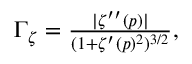
\begin{array} { r } { \Gamma _ { \zeta } = \frac { \rvert \zeta ^ { \prime \prime } ( p ) \lvert } { ( 1 + \zeta ^ { \prime } ( p ) ^ { 2 } ) ^ { 3 / 2 } } , } \end{array}